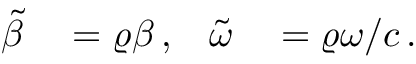
\begin{array} { r l r l } { \tilde { \beta } } & { { } = \varrho \beta \, , } & { \tilde { \omega } } & { { } = \varrho \omega / c \, . } \end{array}